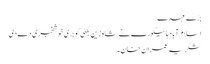
بڑے عہدے…
اسلام آباد ہائیکورٹ نے شاہ زین بگٹی کو بڑی خوشخبری دے دی
شکریہ عمران خان۔